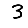
Digit: 3